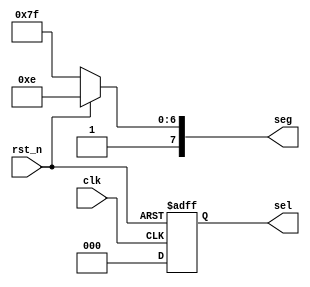
module  seg_1(clk,rst_n,/*data_in,*/sel,seg);

	input clk;   //50MHz
	input rst_n;  //  low 

	// input [3:0]  data_in;  //4

	output reg [2:0] sel;
	output reg [7:0] seg;

	parameter data_in = 4'd15;

	always @ (posedge clk or negedge rst_n) 
	begin : proc_1
		if(~rst_n) 
			begin
				 sel <= 3'd5;
			end 
		else 
			begin
				sel <= 3'd0;
			end
	end

	always @(*) 
		begin : proc_2
			if(~rst_n) 
				begin
					 seg <= 8'b1111_1111;
				end 
			else 
				begin
					case(data_in)
						4'd0	: 	seg = 8'b1100_0000;
						4'd1	:	seg = 8'b11111001; //1
						4'd2	:	seg = 8'b10100100; //2
						4'd3	:	seg = 8'b10110000; //3
						4'd4	:	seg = 8'b10011001; //4
						4'd5	:	seg = 8'b10010010; //5
						4'd6	:	seg = 8'b10000010; //6
						4'd7	:	seg = 8'b11111000; //7
						4'd8	:	seg = 8'b10000000; //8
						4'd9	:	seg = 8'b10010000; //9
						4'd10	:	seg = 8'b10001000; //a
						4'd11	:	seg = 8'b10000011; //b
						4'd12	:	seg = 8'b10000110; //c
						4'd13	:	seg = 8'b10100001; //d
						4'd14	:	seg = 8'b10000110; //e
						4'd15	:	seg = 8'b10001110; //f
					endcase
				end
		end

 
endmodule